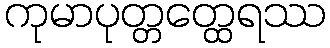
ကုမာပုတ္တတ္ထေရဿ